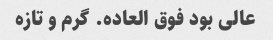
عالی بود فوق العاده. گرم و تازه